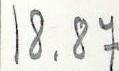
18.87